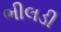
ભીલડી